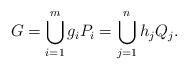
LaTeX: \begin{align*}G=\bigcup_{i=1}^m g_i P_i=\bigcup_{j=1}^n h_j Q_j.\end{align*}